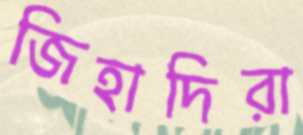
জিহাদিরা